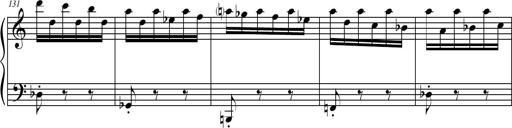
Title: Petite Sonatine
Composer: Richard St. Clair